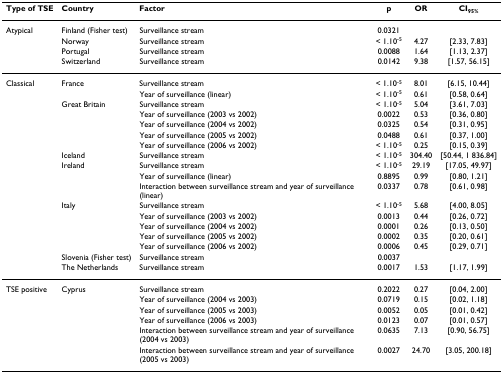
<table><thead><tr><td><b>Type of TSE</b></td><td><b>Country</b></td><td><b>Factor</b></td><td><b>p</b></td><td><b>OR</b></td><td><b>CI<sub>95%</sub></b></td></tr></thead><tbody><tr><td>Atypical</td><td>Finland (Fisher test)</td><td>Surveillance stream</td><td>0.0321</td><td></td><td></td></tr><tr><td></td><td>Norway</td><td>Surveillance stream</td><td>&lt; 1.10<sup>-5</sup></td><td>4.27</td><td>[2.33, 7.83]</td></tr><tr><td></td><td>Portugal</td><td>Surveillance stream</td><td>0.0088</td><td>1.64</td><td>[1.13, 2.37]</td></tr><tr><td></td><td>Switzerland</td><td>Surveillance stream</td><td>0.0142</td><td>9.38</td><td>[1.57, 56.15]</td></tr><tr><td>Classical</td><td>France</td><td>Surveillance stream</td><td>&lt; 1.10<sup>-5</sup></td><td>8.01</td><td>[6.15, 10.44]</td></tr><tr><td></td><td></td><td>Year of surveillance (linear)</td><td>&lt; 1.10<sup>-5</sup></td><td>0.61</td><td>[0.58, 0.64]</td></tr><tr><td></td><td>Great Britain</td><td>Surveillance stream</td><td>&lt; 1.10<sup>-5</sup></td><td>5.04</td><td>[3.61, 7.03]</td></tr><tr><td></td><td></td><td>Year of surveillance (2003 vs 2002)</td><td>0.0022</td><td>0.53</td><td>[0.36, 0.80]</td></tr><tr><td></td><td></td><td>Year of surveillance (2004 vs 2002)</td><td>0.0325</td><td>0.54</td><td>[0.31, 0.95]</td></tr><tr><td></td><td></td><td>Year of surveillance (2005 vs 2002)</td><td>0.0488</td><td>0.61</td><td>[0.37, 1.00]</td></tr><tr><td></td><td></td><td>Year of surveillance (2006 vs 2002)</td><td>&lt; 1.10<sup>-5</sup></td><td>0.25</td><td>[0.15, 0.39]</td></tr><tr><td></td><td>Iceland</td><td>Surveillance stream</td><td>&lt; 1.10<sup>-5</sup></td><td>304.40</td><td>[50.44, 1 836.84]</td></tr><tr><td></td><td>Ireland</td><td>Surveillance stream</td><td>&lt; 1.10<sup>-5</sup></td><td>29.19</td><td>[17.05, 49.97]</td></tr><tr><td></td><td></td><td>Year of surveillance (linear)</td><td>0.8895</td><td>0.99</td><td>[0.80, 1.21]</td></tr><tr><td></td><td></td><td>Interaction between surveillance stream and year of surveillance (linear)</td><td>0.0337</td><td>0.78</td><td>[0.61, 0.98]</td></tr><tr><td></td><td>Italy</td><td>Surveillance stream</td><td>&lt; 1.10<sup>-5</sup></td><td>5.68</td><td>[4.00, 8.05]</td></tr><tr><td></td><td></td><td>Year of surveillance (2003 vs 2002)</td><td>0.0013</td><td>0.44</td><td>[0.26, 0.72]</td></tr><tr><td></td><td></td><td>Year of surveillance (2004 vs 2002)</td><td>0.0001</td><td>0.26</td><td>[0.13, 0.50]</td></tr><tr><td></td><td></td><td>Year of surveillance (2005 vs 2002)</td><td>0.0002</td><td>0.35</td><td>[0.20, 0.61]</td></tr><tr><td></td><td></td><td>Year of surveillance (2006 vs 2002)</td><td>0.0006</td><td>0.45</td><td>[0.29, 0.71]</td></tr><tr><td></td><td>Slovenia (Fisher test)</td><td>Surveillance stream</td><td>0.0037</td><td></td><td></td></tr><tr><td></td><td>The Netherlands</td><td>Surveillance stream</td><td>0.0017</td><td>1.53</td><td>[1.17, 1.99]</td></tr><tr><td>TSE positive</td><td>Cyprus</td><td>Surveillance stream</td><td>0.2022</td><td>0.27</td><td>[0.04, 2.00]</td></tr><tr><td></td><td></td><td>Year of surveillance (2004 vs 2003)</td><td>0.0719</td><td>0.15</td><td>[0.02, 1.18]</td></tr><tr><td></td><td></td><td>Year of surveillance (2005 vs 2003)</td><td>0.0052</td><td>0.05</td><td>[0.01, 0.42]</td></tr><tr><td></td><td></td><td>Year of surveillance (2006 vs 2003)</td><td>0.0123</td><td>0.07</td><td>[0.01, 0.57]</td></tr><tr><td></td><td></td><td>Interaction between surveillance stream and year of surveillance (2004 vs 2003)</td><td>0.0635</td><td>7.13</td><td>[0.90, 56.75]</td></tr><tr><td></td><td></td><td>Interaction between surveillance stream and year of surveillance (2005 vs 2003)</td><td>0.0027</td><td>24.70</td><td>[3.05, 200.18]</td></tr></tbody></table>